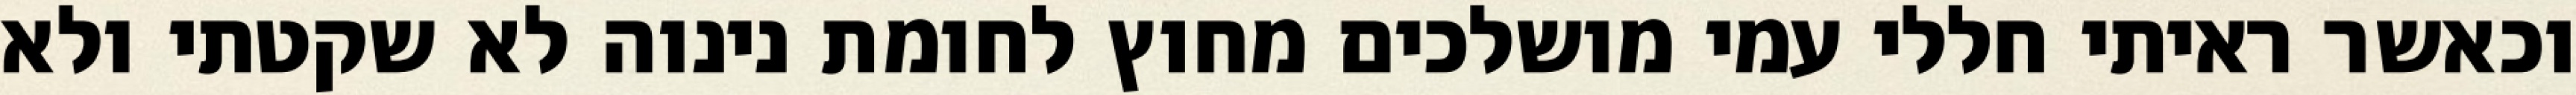
וכאשר ראיתי חללי עמי מושלכים מחוץ לחומת נינוה לא שקטתי ולא